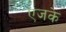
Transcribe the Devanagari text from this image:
एजके